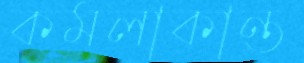
কমলাকান্ত